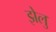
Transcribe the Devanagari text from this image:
झेलु